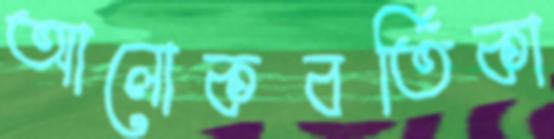
আলোকবর্তিকা